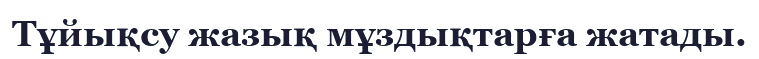
Тұйықсу жазық мұздықтарға жатады.